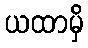
ယထာမှိ